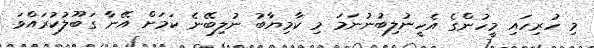
މި ހުރިހައި މީހުންގެ އެހީނުލިބުނުނަމަ މި ކާމިޔާބު ނުލިބޭނެ ކަމަށް އޭނާ ގަބޫލުކުރައްވަ